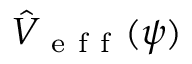
\hat { V } _ { \mathrm { ~ e ~ f ~ f ~ } } ( \psi )